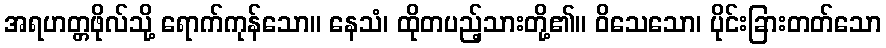
အရဟတ္တဖိုလ်သို့ ရောက်ကုန်သော။ နေသံ၊ ထိုတပည့်သားတို့၏။ ဝိသေသော၊ ပိုင်းခြားတတ်သော